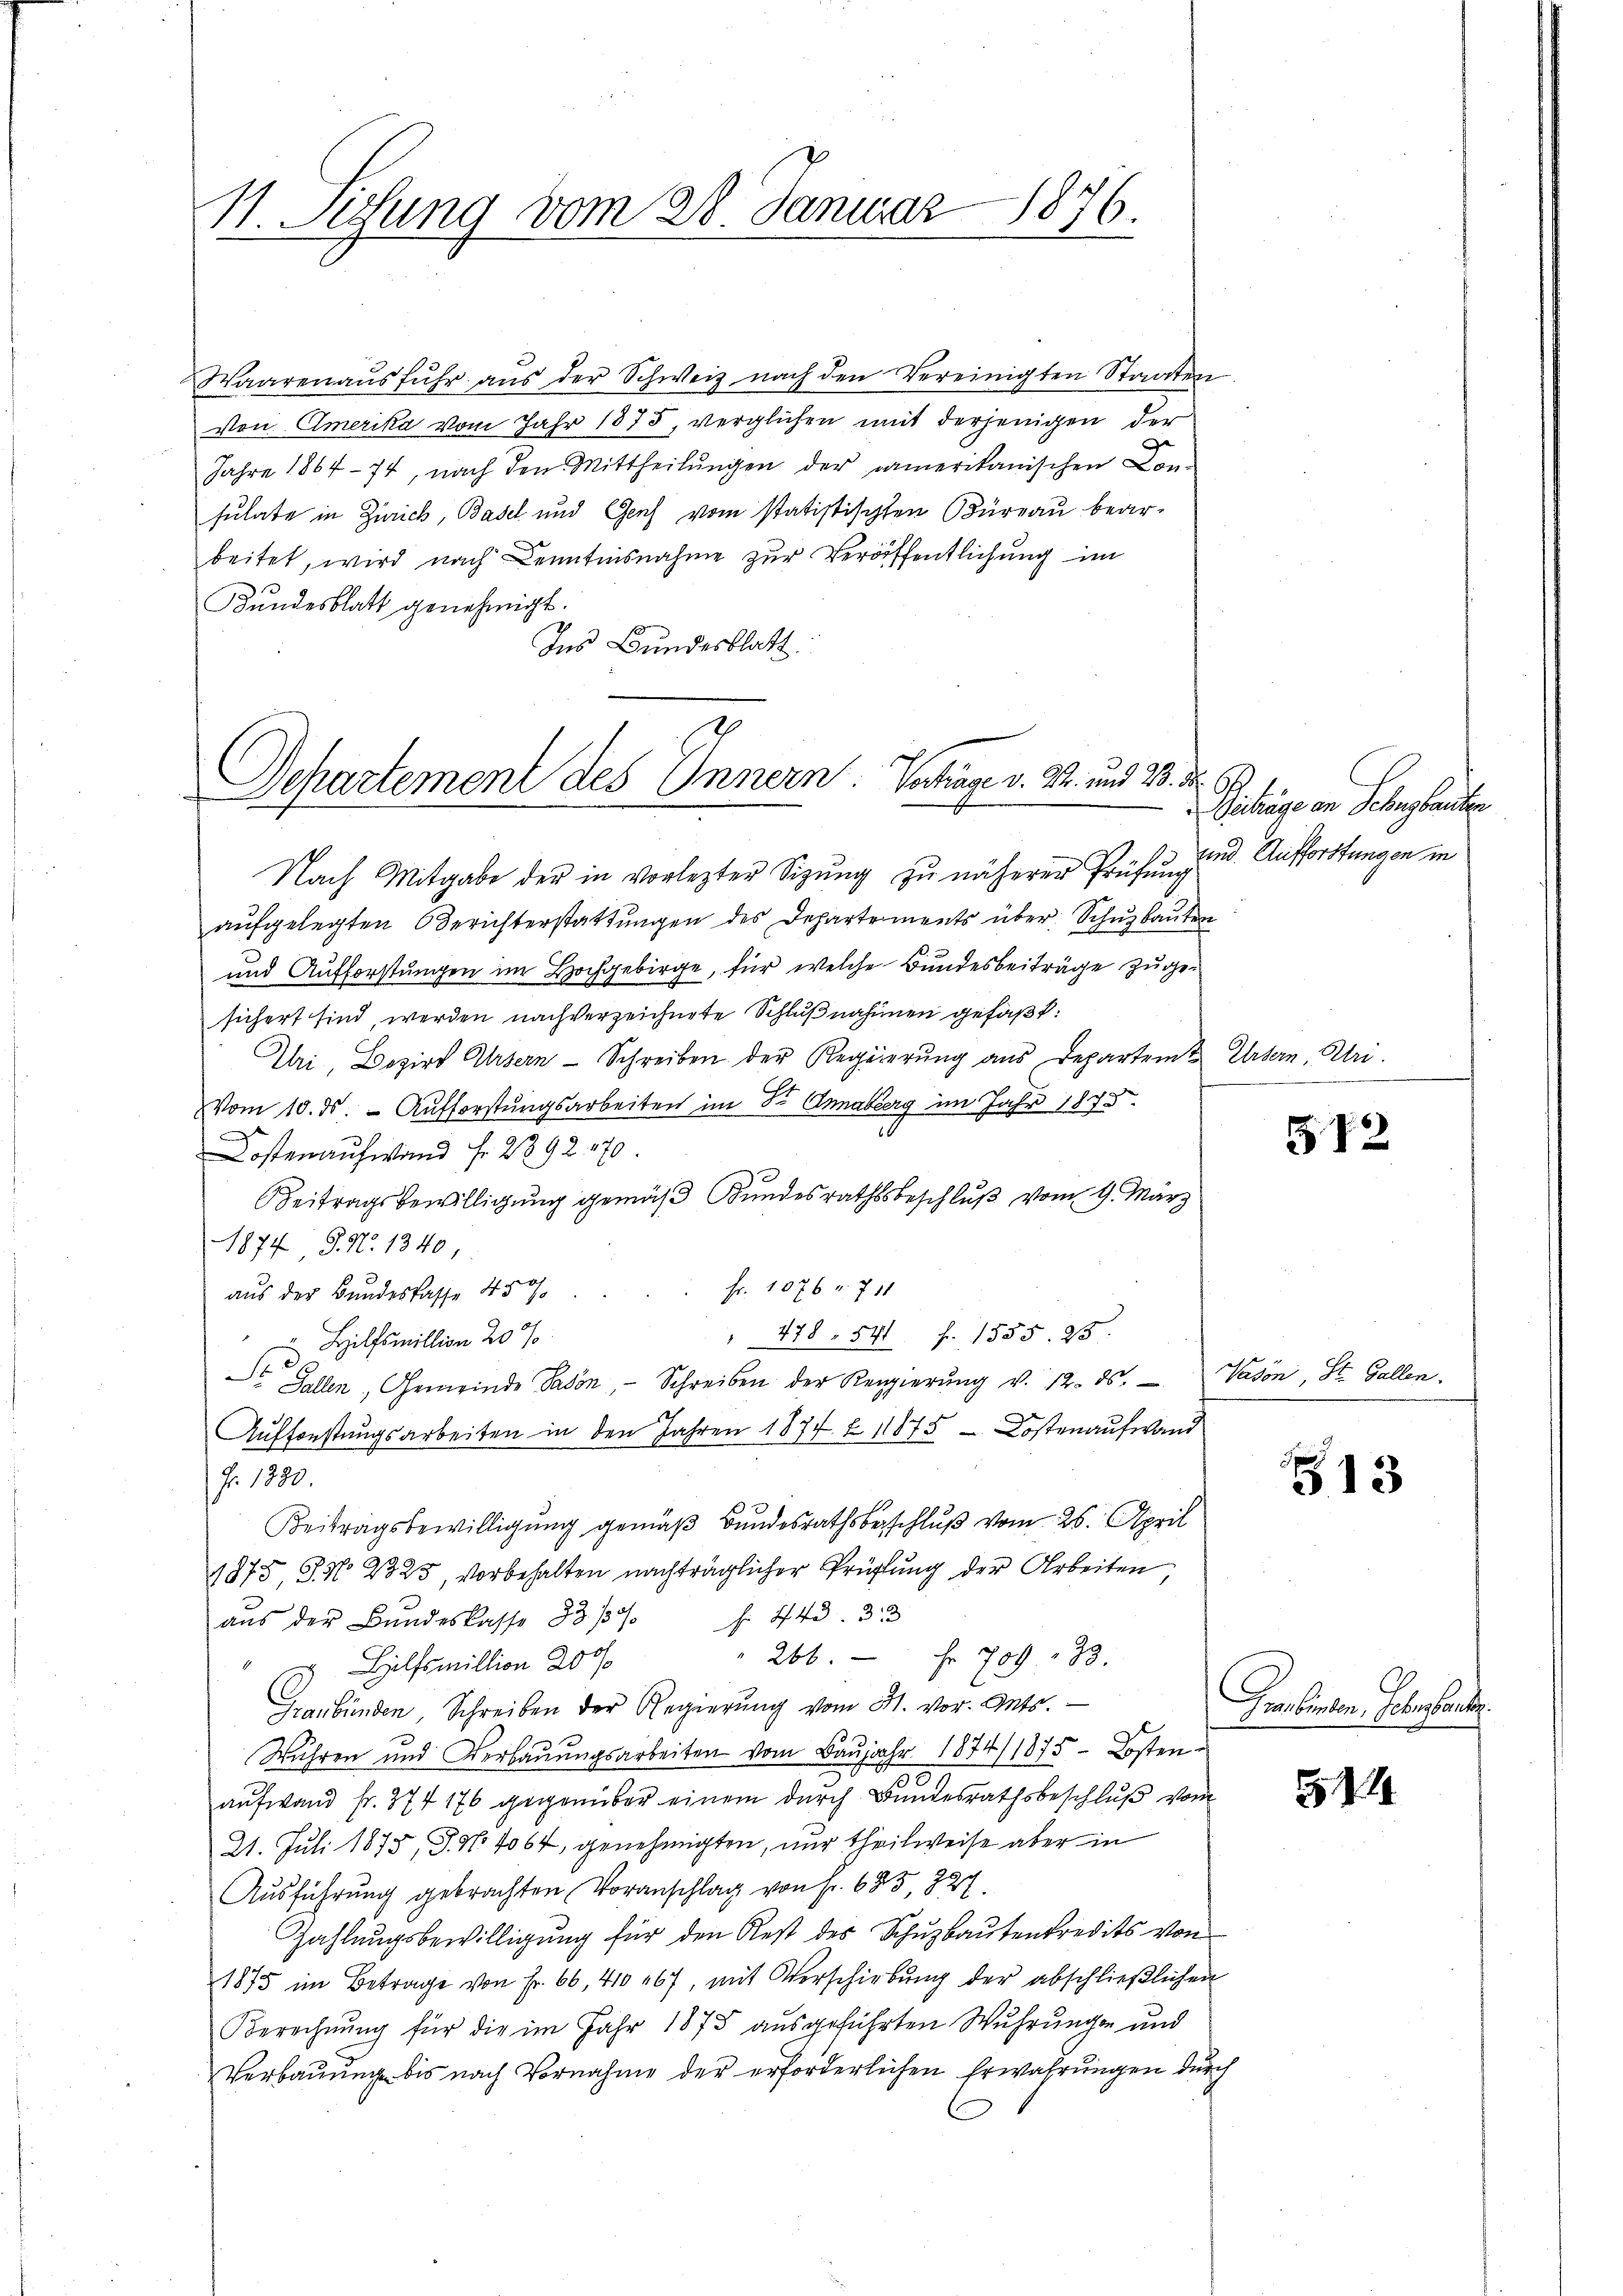
11. Setzung vom 28. Januar 1876.

Waarenaŭsfŭhr aŭs der Schweiz nach den Vereinigten Staaten
Von Amerika vom Jahr 1875, verglichen mit derjenigen der
Jahre 1864-74, nach den Mittheilungen der camerikanischen Con-
sulate in Zürich, Basel und Genf vom statistischten Büreau bearbeitet, wird nach Kenntnisnahme zur Veröffentlichung im
Kundesblatt genehmigt.
Ins Bundesblatt.

denen
Separtement des Innern. Vertrage v. M. und 23. d.

Nach Mitgabe der in vorlezter Sigŭng zu näherer Prüfŭng
aŭfgelegten Berichterstattŭngen des Departements über Schuzbauten
und Aufforstungen im Hochgebirge, für welche Bundesbeiträge zugesichert sind, werden nachverzeichnete Schlußnahmen gefaßt:
Uri, Bezirk Arsern Schreiben der Regierung aus Departem Ursern, Uri.
Vom 10. ds. Aufforstungsarbeiten im Dr. Annaberg im Jahr 1873.
Kostenaufwand fr. 2892. 170
Beitragsbewilligung gemäß Bundesrathsbeschluß vom 9. März
1874 J. No. 1340,
Fr. 1076 r. 711
aus der Bundesfasse 450
" 478. 541 f. 1555. 25.
 Hilfsmillion 200
t Gallen, Gemeinde Pavon, Schreiben der Regierŭng v. 12. ds. - Vason, St. Gallen.
Aufforstungsarbeiten in den Jahren 1877 f. 11875 - Kostenaufwand
Fr. 1830.
Beitragsbewilligung gemäß Bundesrathsbeschluß vom 26. April
1875, S. No. 2325, vorbehalten nachträglicher Prügelung der Arbeiten
aŭs der Bundeskasse 33/34/ f. 443. 33
266. fr. 709. 133.
Hilfsmillion 2000
Graubünden Schreiben der Regierŭng vom 31. vor. Guts.
Wuhren und Verbaŭŭngsarbeiten vom Baŭjahr 1874/1875. Kosten
aufwand fr. 374 176 gegenüber einem durch Bundesrathsbeschluß vom
21. Juli 1875, P. Nr. 4064, genehmigten, nur theilweise aber in
Ausführung gebrachten Voranschlag von Fr. 685, 227
Zahlungsbewilligung für den Rest des Schuzbautenkredits von
1875 im Betrage von Fr. 66, 410 467, mit Vorschiebung der abschließlichen
Berechnung für die im Jahr 1875 ausgeführten Wuhrungen und
Verbauung bis nach Vornahme der erforderlichen Erwährungen durch

Gichtige von Schnetente
sind. Aufforstungen in

S72

513

Graubenten. Febertreten.

34